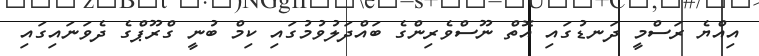
އިއްޔެ ރަސްމީ ދަނޑުގައި އޮތް ނޫސްވެރިންގެ ބައްދަލުވުމުގައި ކިމް ބުނީ ގްރޫޕްގެ ދެވަނައިގައި